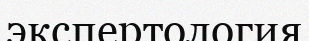
экспертология